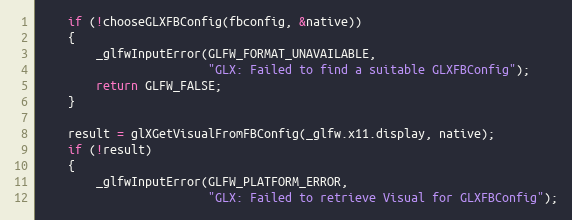
Language: C
    if (!chooseGLXFBConfig(fbconfig, &native))
    {
        _glfwInputError(GLFW_FORMAT_UNAVAILABLE,
                        "GLX: Failed to find a suitable GLXFBConfig");
        return GLFW_FALSE;
    }

    result = glXGetVisualFromFBConfig(_glfw.x11.display, native);
    if (!result)
    {
        _glfwInputError(GLFW_PLATFORM_ERROR,
                        "GLX: Failed to retrieve Visual for GLXFBConfig");